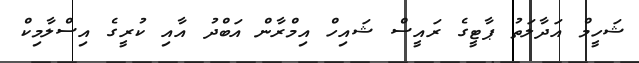
ޝަހީމް އަދާލަތު ޕާޓީގެ ރައީސް ޝައިހް އިމްރާން އަބްދު އާއި ކުރީގެ އިސްލާމިކް